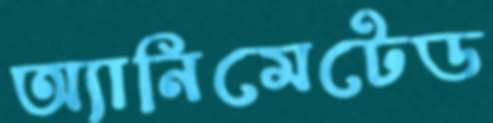
অ্যানিমেটেড